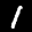
Label: 1